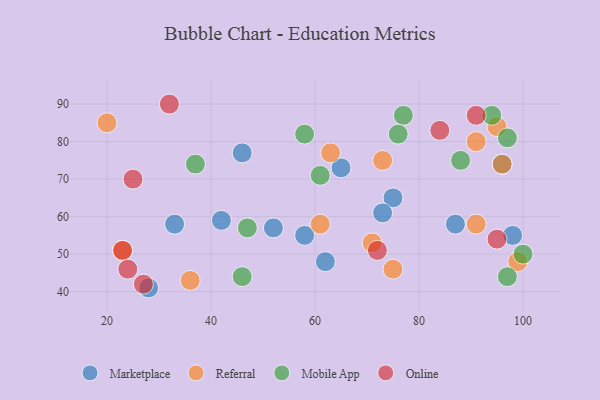
{"axis": {"x": "GDP", "y": "Life Expectancy"}, "legend": ["Marketplace", "Mobile App", "Online", "Referral"], "data": [{"x": "65", "y": 73, "type": "Marketplace"}, {"x": "62", "y": 48, "type": "Marketplace"}, {"x": "58", "y": 55, "type": "Marketplace"}, {"x": "42", "y": 59, "type": "Marketplace"}, {"x": "33", "y": 58, "type": "Marketplace"}, {"x": "98", "y": 55, "type": "Marketplace"}, {"x": "52", "y": 57, "type": "Marketplace"}, {"x": "46", "y": 77, "type": "Marketplace"}, {"x": "75", "y": 65, "type": "Marketplace"}, {"x": "73", "y": 61, "type": "Marketplace"}, {"x": "87", "y": 58, "type": "Marketplace"}, {"x": "96", "y": 74, "type": "Marketplace"}, {"x": "28", "y": 41, "type": "Marketplace"}, {"x": "63", "y": 77, "type": "Referral"}, {"x": "96", "y": 74, "type": "Referral"}, {"x": "23", "y": 51, "type": "Referral"}, {"x": "20", "y": 85, "type": "Referral"}, {"x": "91", "y": 80, "type": "Referral"}, {"x": "71", "y": 53, "type": "Referral"}, {"x": "36", "y": 43, "type": "Referral"}, {"x": "91", "y": 58, "type": "Referral"}, {"x": "73", "y": 75, "type": "Referral"}, {"x": "61", "y": 58, "type": "Referral"}, {"x": "99", "y": 48, "type": "Referral"}, {"x": "75", "y": 46, "type": "Referral"}, {"x": "95", "y": 84, "type": "Referral"}, {"x": "58", "y": 82, "type": "Mobile App"}, {"x": "97", "y": 44, "type": "Mobile App"}, {"x": "47", "y": 57, "type": "Mobile App"}, {"x": "88", "y": 75, "type": "Mobile App"}, {"x": "97", "y": 81, "type": "Mobile App"}, {"x": "77", "y": 87, "type": "Mobile App"}, {"x": "61", "y": 71, "type": "Mobile App"}, {"x": "37", "y": 74, "type": "Mobile App"}, {"x": "100", "y": 50, "type": "Mobile App"}, {"x": "46", "y": 44, "type": "Mobile App"}, {"x": "94", "y": 87, "type": "Mobile App"}, {"x": "76", "y": 82, "type": "Mobile App"}, {"x": "84", "y": 83, "type": "Online"}, {"x": "72", "y": 51, "type": "Online"}, {"x": "25", "y": 70, "type": "Online"}, {"x": "23", "y": 51, "type": "Online"}, {"x": "91", "y": 87, "type": "Online"}, {"x": "27", "y": 42, "type": "Online"}, {"x": "24", "y": 46, "type": "Online"}, {"x": "32", "y": 90, "type": "Online"}, {"x": "95", "y": 54, "type": "Online"}]}